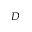
D